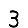
Digit: 3